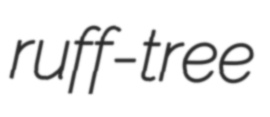
ruff-tree